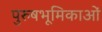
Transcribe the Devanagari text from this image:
पुरुषभूमिकाओं